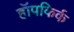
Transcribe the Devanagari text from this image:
हॉपकिर्क